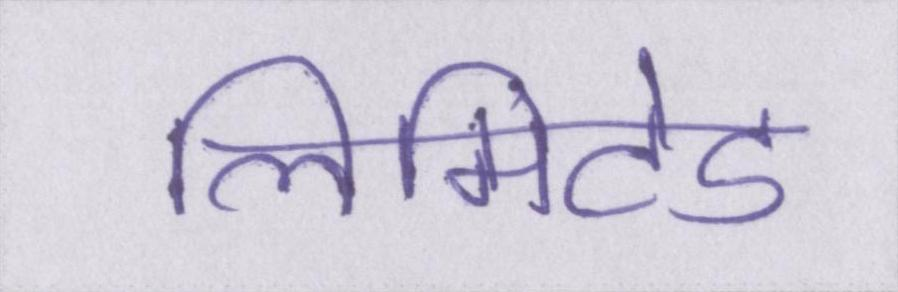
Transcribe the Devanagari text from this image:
लिमिटेड